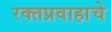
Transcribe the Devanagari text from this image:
रक्तप्रवाहाचे